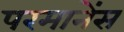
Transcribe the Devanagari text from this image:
परमानेंस